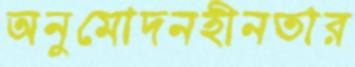
অনুমোদনহীনতার